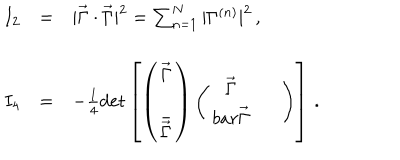
\begin{array} { r c l } { { I _ { 2 } } } & { { = } } & { { | \vec { \Gamma } \cdot \vec { \Gamma } | ^ { 2 } = \sum _ { n = 1 } ^ { N } | \Gamma ^ { ( n ) } | ^ { 2 } \, , } } \\ { { } } & { { } } & { { } } \\ { { I _ { 4 } } } & { { = } } & { { - \frac { 1 } { 4 } \mathrm { d e t } \left[ \left( \begin{array} { c } { { \vec { \Gamma } } } \\ { { \bar { \vec { \Gamma } } } } \\ \end{array} \right) \left( \begin{array} { c c } { { \vec { \Gamma } } } & { { \ \ } } \\ { { b a r { \vec { \Gamma } } } } \\ \end{array} \right) \right] \, . } } \\ \end{array}